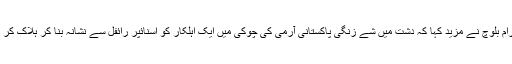
گہرام بلوچ نے مزید کہا کہ دشت میں شے زنگی پاکستانی آرمی کی چوکی میں ایک اہلکار کو اسنائپر رائفل سے نشانہ بنا کر ہلاک کر دیا۔